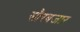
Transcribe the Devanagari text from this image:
सौरबजार